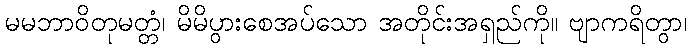
မမဘာဝိတုမတ္တံ၊ မိမိပွားစေအပ်သော အတိုင်းအရှည်ကို။ ဗျာကရိတွာ၊